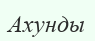
Ахунды